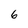
Character: 6